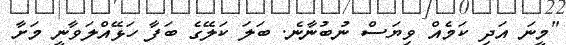
"މީނަ އަދި ކަމެއް ވިޔަސް ނުބުނާނެ. ބަލަ ކަލޭގެ ބަފާ ހަޅޭއްލަވާނީ މަށާ